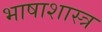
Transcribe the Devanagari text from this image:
भाषाशास्‍त्र